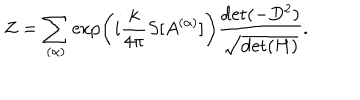
LaTeX: Z = \sum _ { ( \alpha ) } \exp \left( i \frac { k } { 4 \pi } S [ A ^ { ( \alpha ) } ] \right) \frac { \mathrm { d e t } ( - D ^ { 2 } ) } { \sqrt { \mathrm { d e t } ( H ) } } .